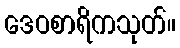
ဒေဝစာရိကသုတ်။